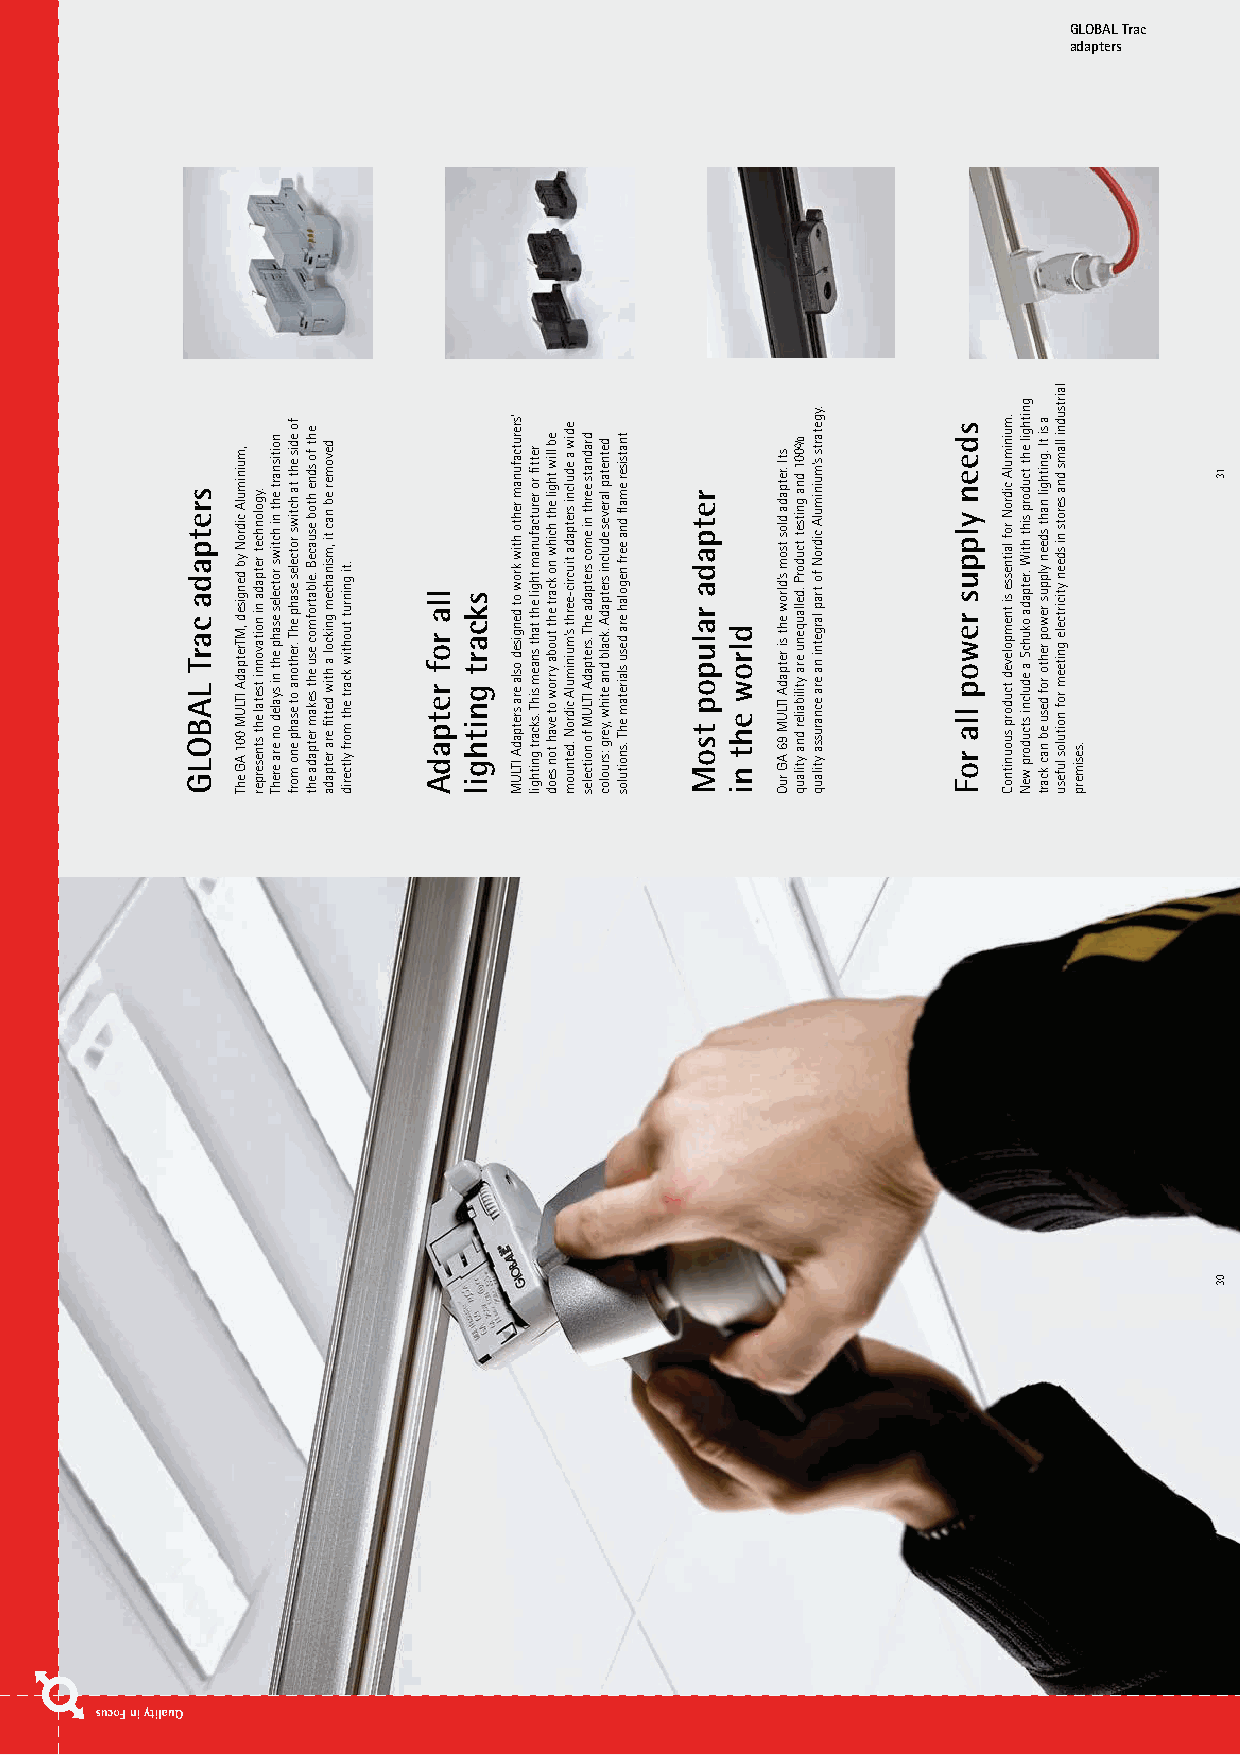
GLOBAL Trac
 adapters
 sretpada
 carT LABOLG
 ,muinimulA cidroN
 yb dengised
 ,MTretpadA ITLUM 001 AG ehT
 .ygolonhcet
 retpada
 ni noitavonni tsetal eht stneserper
 noitisnart eht ni hctiws
 rotceles
 esahp eht ni syaled on era erehT
 fo
 edis eht ta hctiws rotceles
 esahp
 ehT .rehtona ot esahp eno morf
 eht
 fo sdne htob esuaceB
 .elbatrofmoc
 esu eht sekam retpada eht
 devomer eb nac ti ,msinahcem
 gnikcol a htiw dettfi era retpada
 .ti gninrut
 tuohtiw kcart eht morf yltcerid
 lla
 rof retpadA
 skcart
 gnithgi
 l
 ’srerutcafunam
 rehto htiw
 krow ot
 dengised osla era sretpadA ITLUM
 rettfi ro rerutcafunam
 thgil
 eht taht snaem sihT .skcart gnithgil
 eb lliw thgil eht hcihw
 no kcart
 eht tuoba yrrow ot evah ton seod
 ediw
 a edulcni sretpada
 tiucric-eerht
 s’muinimulA cidroN .detnuom
 dradnats eerht ni emoc
 sretpada
 ehT .sretpadA ITLUM fo noitceles
 detnetap lareves edulcni
 sretpadA
 .kcalb dna etihw ,yerg :sruoloc
 tnatsiser emafl dna eerf
 negolah
 era desu slairetam ehT .snoitulos
 retpada
 ralupop tsoM dlrow eht n
 i
 stI .retpada dlos tsom
 s’dlrow
 eht si retpadA ITLUM 96 AG ruO
 %001 dna gnitset tcudorP
 .dellauqenu
 era ytilibailer dna ytilauq
 .ygetarts
 s’muinimulA cidroN
 fo trap
 largetni na era ecnarussa ytilauq
 sdeen
 ylppus
 rewop lla roF
 .muinimulA
 cidroN rof laitnesse
 si
 tnempoleved tcudorp suounitnoC
 gnithgil
 eht tcudorp siht htiW
 .retpada
 okuhcS a edulcni stcudorp weN
 a si
 tI .gnithgil naht sdeen
 ylppus
 rewop rehto rof desu eb nac kcart
 lairtsudni
 llams dna serots ni sdeen
 yticirtcele
 gniteem rof noitulos lufesu .sesimerp
 13
 03